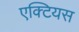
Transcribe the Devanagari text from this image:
एक्टियस